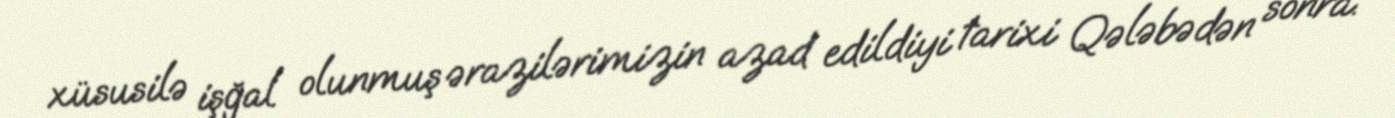
xüsusilə işğal olunmuş ərazilərimizin azad edildiyi tarixi Qələbədən sonra.